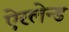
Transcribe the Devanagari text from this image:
ऐरलेन्ड